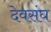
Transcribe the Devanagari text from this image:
देवसंघ